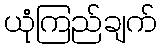
ယုံကြည်ချက်